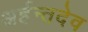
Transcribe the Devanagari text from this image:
अर्हन्तदेव